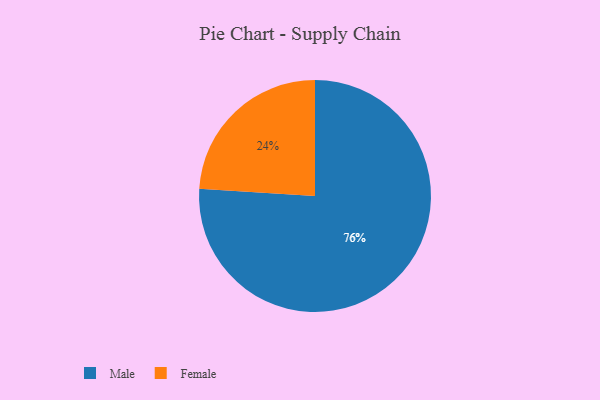
{"axis": {"x": "Category", "y": "Percentage"}, "legend": ["Female", "Male"], "data": [{"x": "Female", "y": 24, "type": "Female"}, {"x": "Male", "y": 76, "type": "Male"}]}